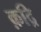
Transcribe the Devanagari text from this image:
क़द्रि